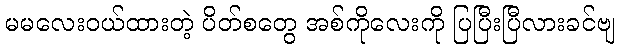
မမလေးဝယ်ထားတဲ့ ပိတ်စတွေ အစ်ကိုလေးကို ပြပြီးပြီလားခင်ဗျ